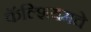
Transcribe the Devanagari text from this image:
कॅल्शियमचे